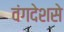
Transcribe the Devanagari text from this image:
वंगदेशसे